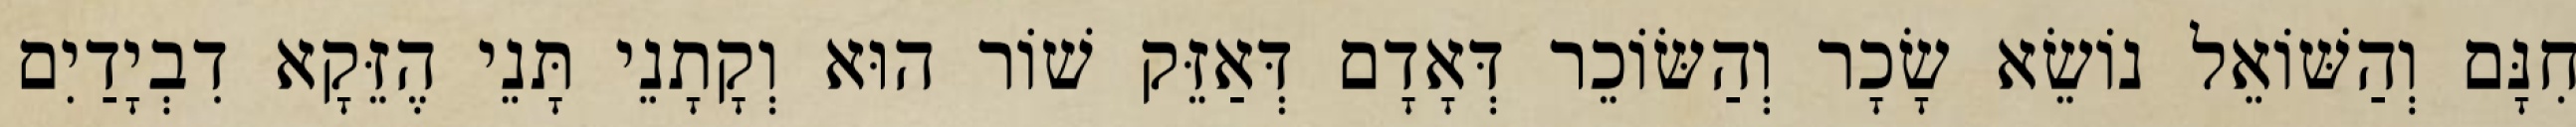
חִנָּם וְהַשּׁוֹאֵל נוֹשֵׂא שָׂכָר וְהַשּׂוֹכֵר דְּאָדָם דְּאַזֵּק שׁוֹר הוּא וְקָתָנֵי תָּנֵי הֶזֵּקָא דִבְיָדַיִם